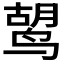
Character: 𫛷